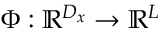
\Phi : \mathbb { R } ^ { D _ { x } } \rightarrow \mathbb { R } ^ { L }